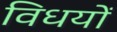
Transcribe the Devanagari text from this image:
विधयों